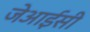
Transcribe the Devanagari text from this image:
जेआईसी